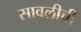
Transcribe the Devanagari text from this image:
सावलीची